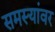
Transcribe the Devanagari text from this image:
समस्‍यांवर